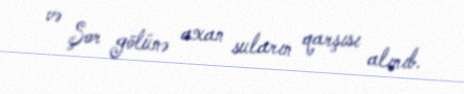
və Şor gölünə axan suların qarşısı alınıb.